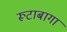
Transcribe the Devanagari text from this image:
रूटाबागा